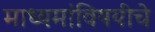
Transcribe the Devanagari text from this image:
माध्यमांविषयीचे